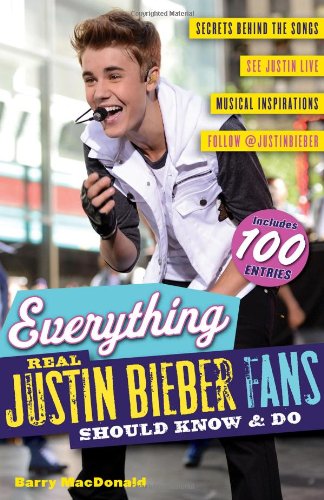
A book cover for Everything Real Justin Bieber Fans Should Know & Do; Barry MacDonald; Teen & Young Adult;